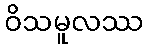
ဝိသမူလဿ